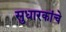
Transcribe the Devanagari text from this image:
सुधारकांचे